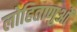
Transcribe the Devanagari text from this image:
लोहिताणुओं